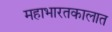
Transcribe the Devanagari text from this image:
महाभारतकालात